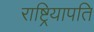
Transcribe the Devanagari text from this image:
राष्ट्रियापति